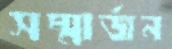
সম্মার্জন